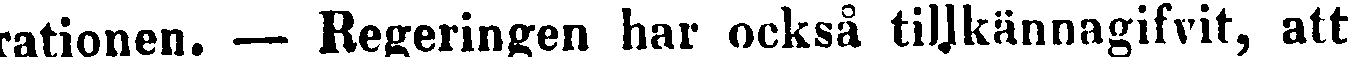
rationen. — Regeringen har också tillkännagifvit, att